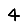
Digit: 4